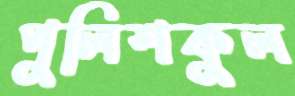
পুলিশকুল